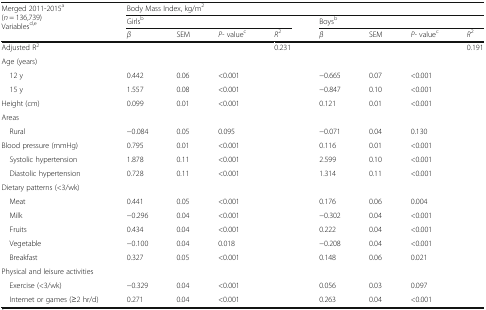
| <ROWSPAN=3> Merged 2011-2015a(n = 136,739)Variablesd,e | <COLSPAN=8> Body Mass Index, kg/m2 |
 | <COLSPAN=4> Girlsb | <COLSPAN=4> Boysb |
 | β | SEM | P- valuec | R2 | β | SEM | P- valuec | R2 |
 | --- | --- | --- | --- | --- | --- | --- | --- | --- |
 | Adjusted R2 |  |  |  | 0.231 |  |  |  | 0.191 |
 | <COLSPAN=9> Age (years) |
 | 12 y | 0.442 | 0.06 | <0.001 |  | −0.665 | 0.07 | <0.001 |  |
 | 15 y | 1.557 | 0.08 | <0.001 |  | −0.847 | 0.10 | <0.001 |  |
 | Height (cm) | 0.099 | 0.01 | <0.001 |  | 0.121 | 0.01 | <0.001 |  |
 | <COLSPAN=9> Areas |
 | Rural | −0.084 | 0.05 | 0.095 |  | −0.071 | 0.04 | 0.130 |  |
 | Blood pressure (mmHg) | 0.795 | 0.01 | <0.001 |  | 0.116 | 0.01 | <0.001 |  |
 | Systolic hypertension | 1.878 | 0.11 | <0.001 |  | 2.599 | 0.10 | <0.001 |  |
 | Diastolic hypertension | 0.728 | 0.11 | <0.001 |  | 1.314 | 0.11 | <0.001 |  |
 | <COLSPAN=9> Dietary patterns (<3/wk) |
 | Meat | 0.441 | 0.05 | <0.001 |  | 0.176 | 0.06 | 0.004 |  |
 | Milk | −0.296 | 0.04 | <0.001 |  | −0.302 | 0.04 | <0.001 |  |
 | Fruits | 0.434 | 0.04 | <0.001 |  | 0.222 | 0.04 | <0.001 |  |
 | Vegetable | −0.100 | 0.04 | 0.018 |  | −0.208 | 0.04 | <0.001 |  |
 | Breakfast | 0.327 | 0.05 | <0.001 |  | 0.148 | 0.06 | 0.021 |  |
 | <COLSPAN=9> Physical and leisure activities |
 | Exercise (<3/wk) | −0.329 | 0.04 | <0.001 |  | 0.056 | 0.03 | 0.097 |  |
 | Internet or games (≥2 hr/d) | 0.271 | 0.04 | <0.001 |  | 0.263 | 0.04 | <0.001 |  |